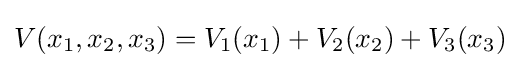
V(x_{1},x_{2},x_{3})=V_{1}(x_{1})+V_{2}(x_{2})+V_{3}(x_{3})